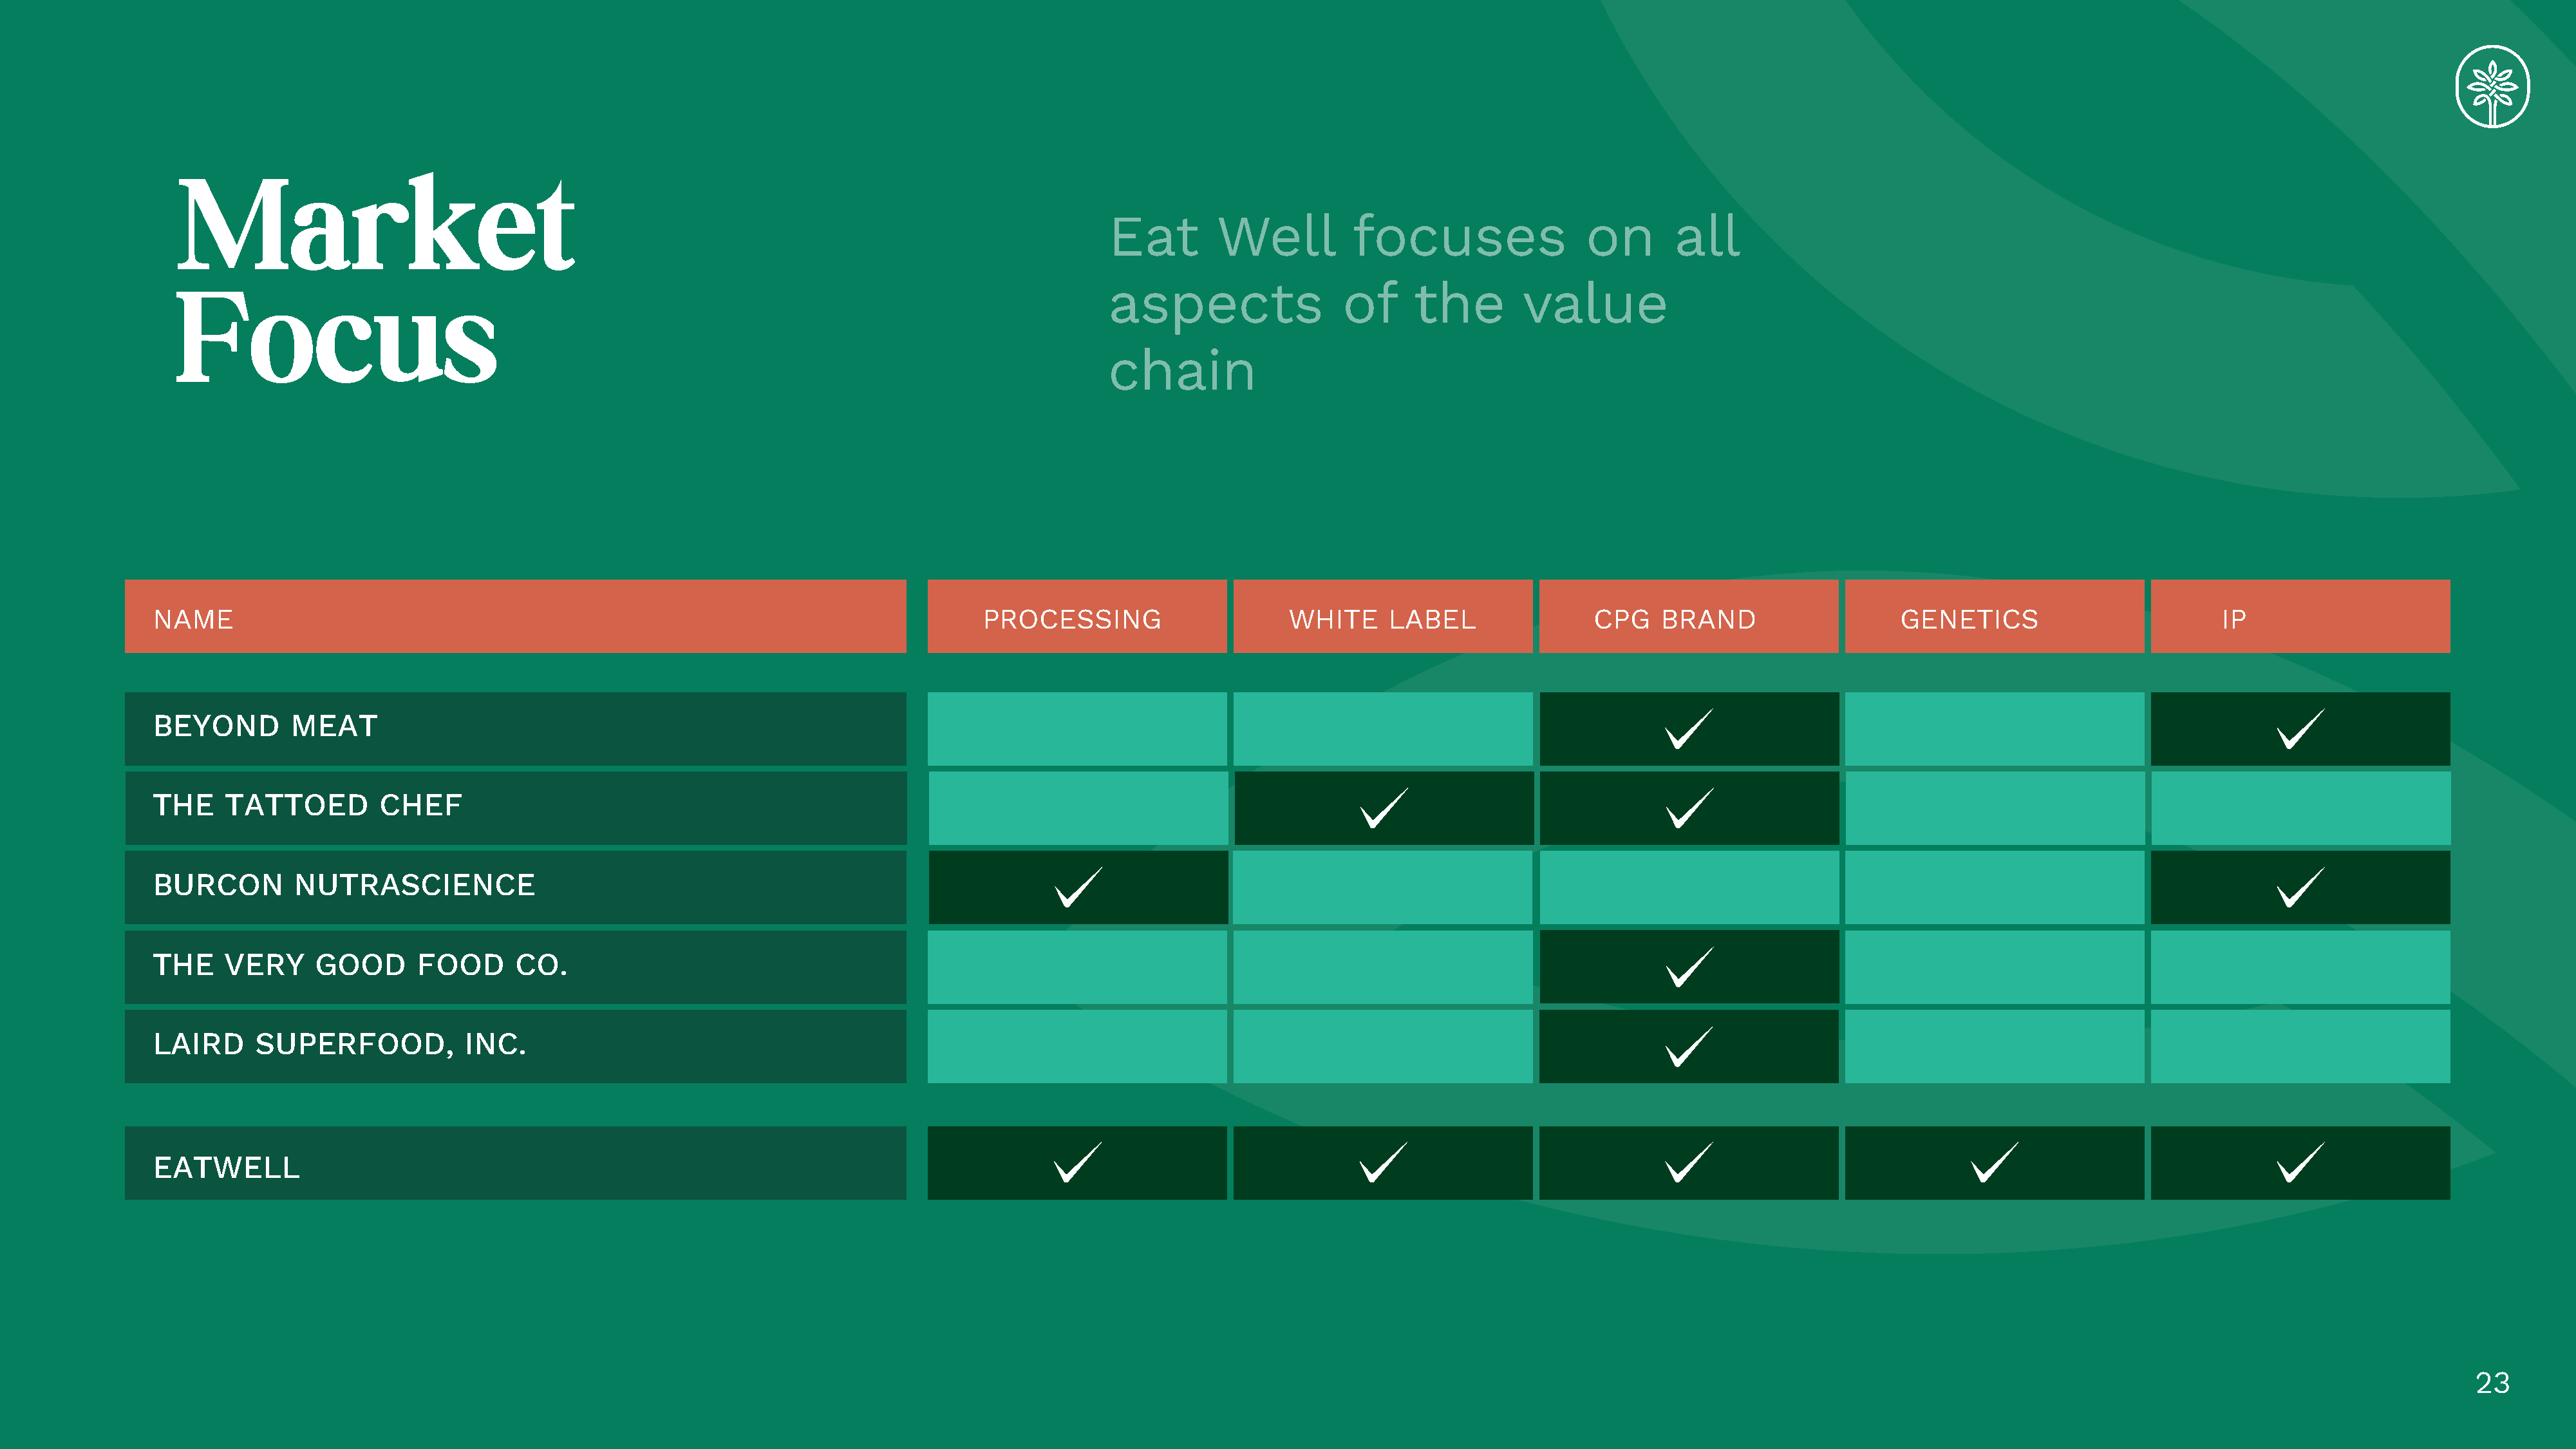
Market
 Eat        Well          focuses                 on       all
 Focus                                                                                           aspects                 of     the         value
 chain
 NAME                                                                                 PROCESSING                     WHITE      LABEL                CPG    BRAND                   GENETICS                         IP
 BEYOND        MEAT
 THE    TATTOED         CHEF
 BURCON        NUTRASCIENCE
 THE    VERY     GOOD       FOOD      CO.
 LAIRD     SUPERFOOD,            INC.
 EATWELL
 23